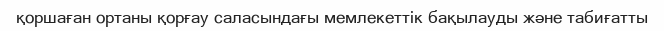
қоршаған ортаны қорғау саласындағы мемлекеттік бақылауды және табиғатты